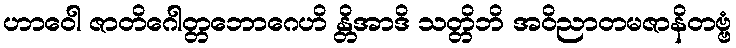
ဟာဝေါ ဇာတိဂေါတ္တဘောဂေဟိ န္တိအာဒိ သတ္တိဘိ အဝိညာတမဇာနိတဗ္ဗံ